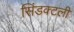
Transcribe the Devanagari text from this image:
सिंडक्टली